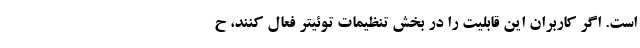
است. اگر کاربران این قابلیت را در بخش تنظیمات توئیتر فعال کنند، ح